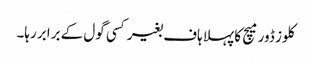
کلوز ڈور میچ کا پہلا ہاف بغیر کسی گول کے برابر رہا۔